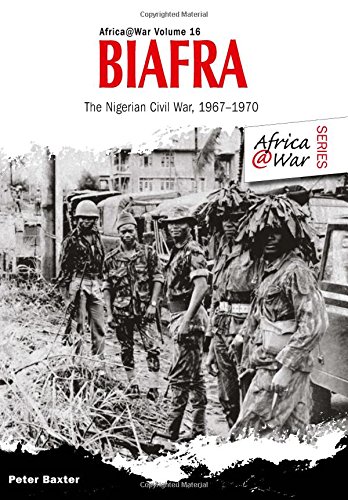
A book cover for Biafra: The Nigerian Civil War 1967-1970 (Africa@war); Peter Baxter; History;